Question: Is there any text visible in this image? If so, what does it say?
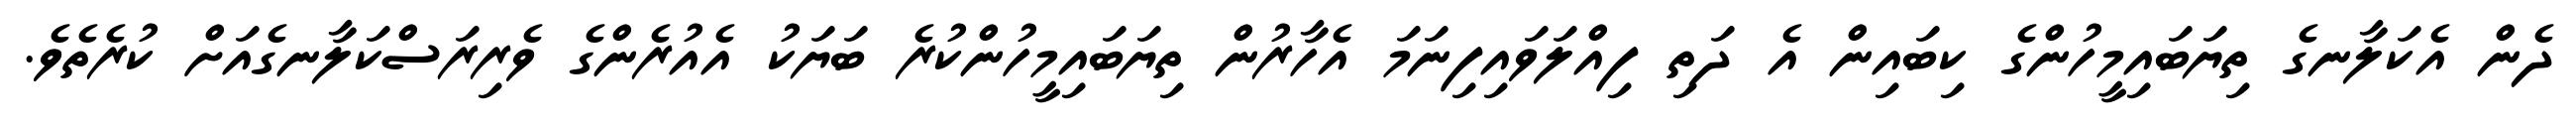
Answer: ދެން އެކަލާނގެ ތިޔަބައިމީހުންގެ ކިބައިން އެ ދަތި ފިއްލަވައިފިނަމަ އެހާރުން ތިޔަބައިމީހުންކުރެ ބަޔަކު އެއުރެންގެ ވެރިރަސްކަލާނގެއަށް ކުރެތެވެ.